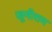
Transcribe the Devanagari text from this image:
जूनीराम